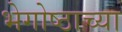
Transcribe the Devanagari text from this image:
भेगोष्ठाच्या